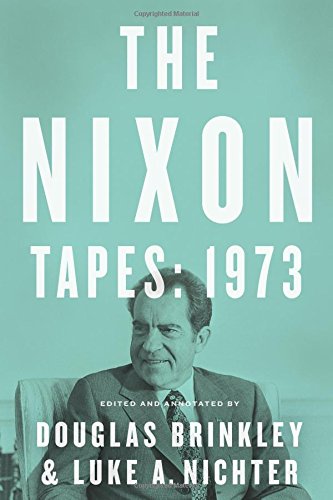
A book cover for The Nixon Tapes: 1973; Douglas Brinkley; Politics & Social Sciences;